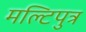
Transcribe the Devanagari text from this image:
मल्टिपुत्र